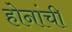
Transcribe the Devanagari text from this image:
होनांची